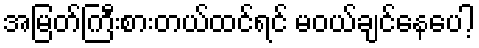
အမြတ်ကြီးစားတယ်ထင်ရင် မဝယ်ချင်နေပေါ့